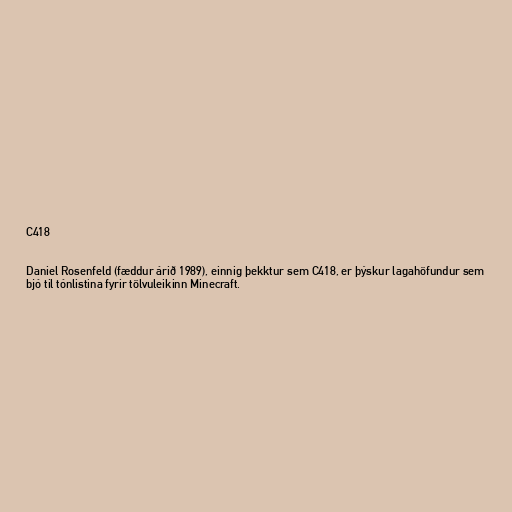
C418

Daniel Rosenfeld (fæddur árið 1989), einnig þekktur sem C418, er þýskur lagahöfundur sem
bjó til tónlistina fyrir tölvuleikinn Minecraft.